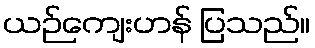
ယဉ်ကျေးဟန် ပြသည်။